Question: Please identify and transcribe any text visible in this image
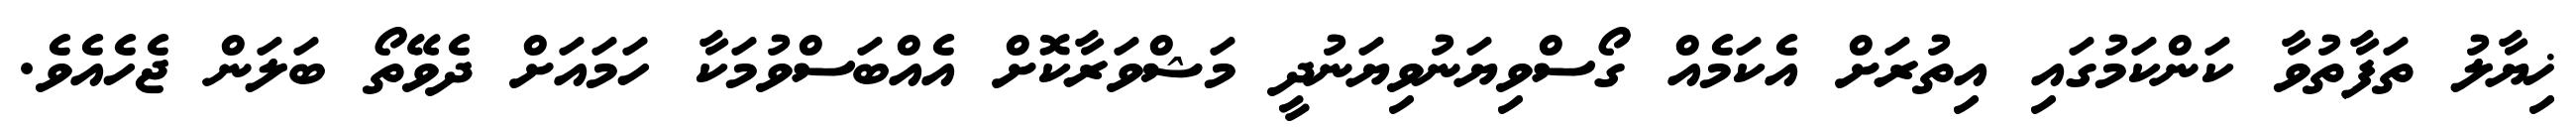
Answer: ޚިޔާލު ތަފާތުވާ ކަންކަމުގައި އިތުރަށް އެކަމެއް ގޯސްވިޔަނުވިޔަނުދީ މަޝްވަރާކޮށް އެއްބަސްވުމަކާ ހަމައަށް ދެވޭތޯ ބަލަން ޖެހެއެވެ.